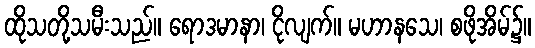
ထိုသတို့သမီးသည်။ ရောဒမာနာ၊ ငိုလျက်။ မဟာနသေ၊ စဖိုအိမ်၌။